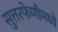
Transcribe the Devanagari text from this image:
सुत्तरफेणीमध्ये